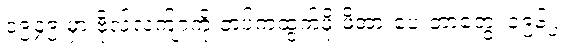
၁၉၄၉ မှာ ဗိုလ်လက်ျာကို တပ်ကထွက်ဖို့ ဖိအားပေးတာတွေ၊ ၁၉၆၂